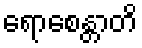
ရောစေန္တာတိ